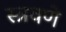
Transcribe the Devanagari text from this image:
स्त्रवणे